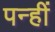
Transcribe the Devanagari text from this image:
पन्हीं